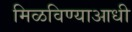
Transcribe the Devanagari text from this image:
मिळविण्याआधी